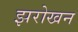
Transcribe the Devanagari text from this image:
झरोखन